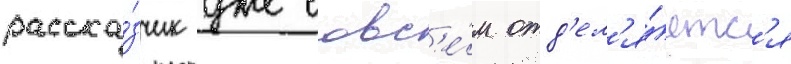
расска́зчик уже совс'е́м отд'ел'я́етс'я